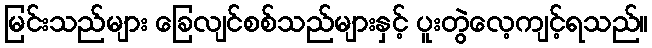
မြင်းသည်များ ခြေလျင်စစ်သည်များနှင့် ပူးတွဲလေ့ကျင့်ရသည်။